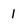
Character: 1